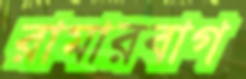
রামারবাগ